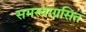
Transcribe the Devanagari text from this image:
समस्याग्रसित